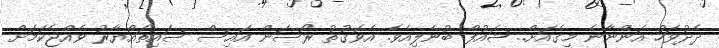
ދެދުވަހު އަންނާނެ މިގެއަށް.. ޝައުފް ބުނެލިއެވެ. އެވަގުތު ރޯސަން އައިސް ސައިތައްޔާރު ވެއްޖެކަމަށް